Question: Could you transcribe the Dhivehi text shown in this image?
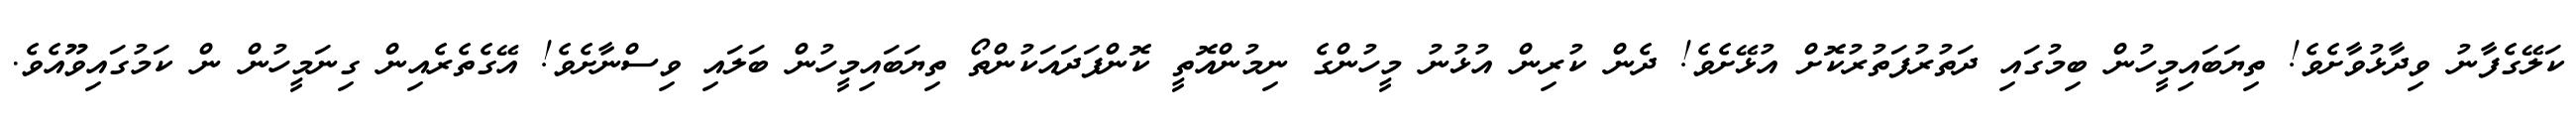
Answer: ކަލޭގެފާނު ވިދާޅުވާށެވެ! ތިޔަބައިމީހުން ބިމުގައި ދަތުރުފަތުރުކޮށް އުޅޭށެވެ! ދެން ކުރިން އުޅުނު މީހުންގެ ނިމުންއޮތީ ކޮންފަދައަކުންތޯ ތިޔަބައިމީހުން ބަލައި ވިސްނާށެވެ! އޭގެތެރެއިން ގިނަމީހުން ން ކަމުގައިވޫއެވެ.